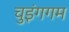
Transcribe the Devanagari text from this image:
चुइंगगम